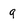
Character: g